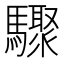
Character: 驟